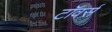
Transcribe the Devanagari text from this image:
टाॅवर्स